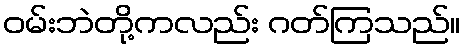
ဝမ်းဘဲတို့ကလည်း ဂတ်ကြသည်။